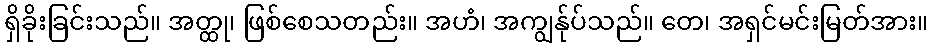
ရှိခိုးခြင်းသည်။ အတ္ထု၊ ဖြစ်စေသတည်း။ အဟံ၊ အကျွန်ုပ်သည်။ တေ၊ အရှင်မင်းမြတ်အား။